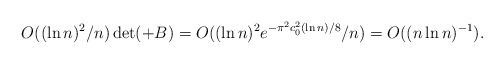
LaTeX: \begin{align*}&O((\ln n)^{2}/n)\det(+B)=O((\ln n)^{2}e^{-\pi^2 c_0^2(\ln n)/8}/n)=O((n\ln n)^{-1}).\end{align*}